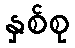
နှစ်စု